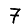
Digit: 7